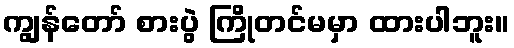
ကျွန်တော် စားပွဲ ကြိုတင်မမှာ ထားပါဘူး။